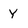
Character: Y